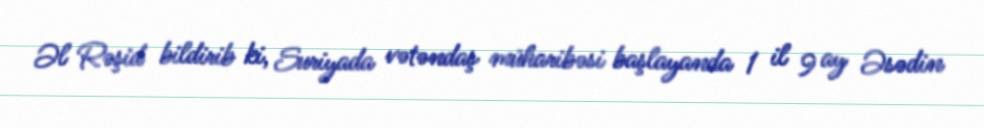
Əl Rəşid bildirib ki, Suriyada vətəndaş müharibəsi başlayanda 1 il 9 ay Əsədin